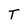
Character: T